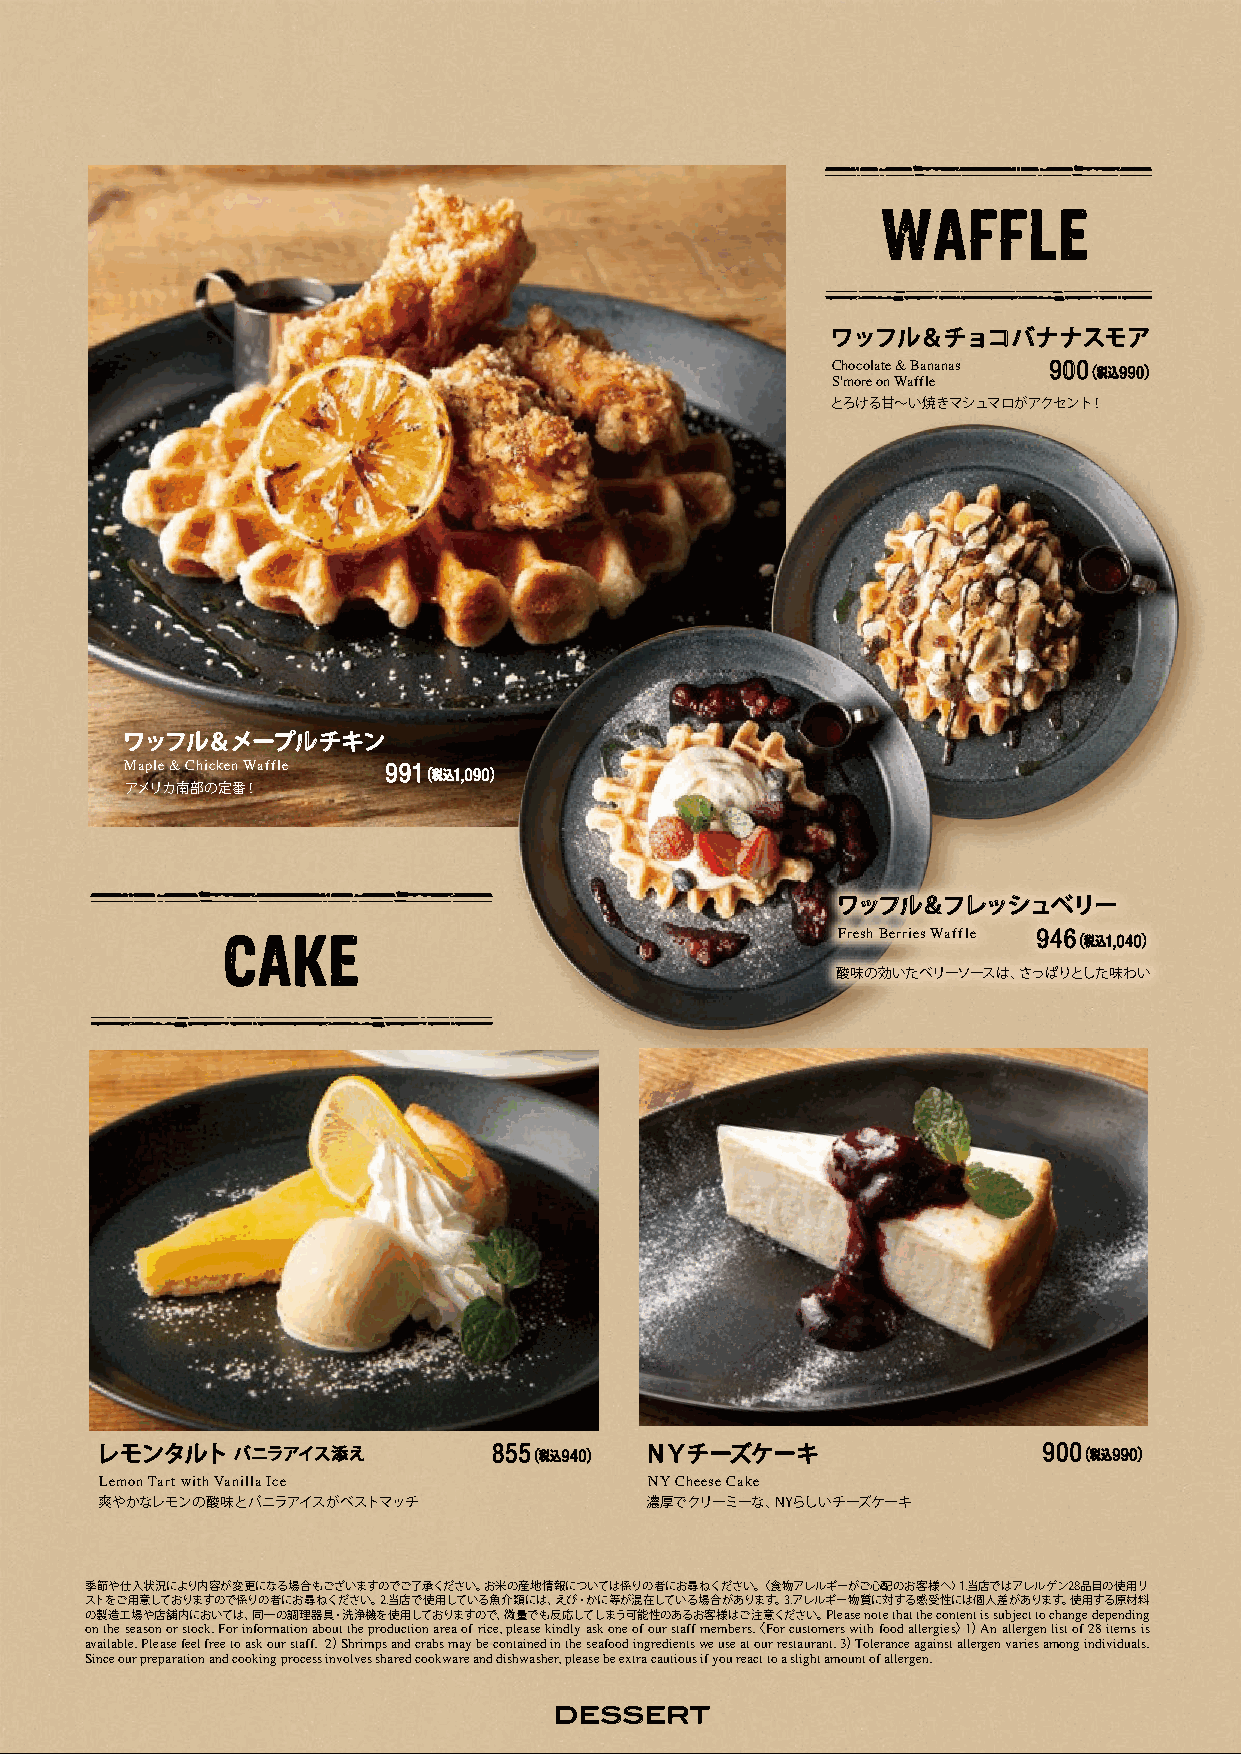
P7
 WAFFLE
 ワッフル＆チョコバナナスモア
 Chocolate & Bananas 900 （税込990）
 S'more on Waffle
 とろける甘〜い焼きマシュマロがアクセント！
 ワッフル＆メープルチキン
 Maple & Chicken Waffle 991 （税込1,090）
 アメリカ南部の定番！
 ワッフル＆フレッシュベリー
 Fresh Berries Waffle 946 （税込1,040）
 CAKE
 酸味の効いたベリーソースは、さっぱりとした味わい
 レモンタルト   バニラアイス添え          855 （税込940） ＮＹチーズケーキ                900 （税込990）
 Lemon Tart with Vanilla Ice         NY Cheese Cake
 爽やかなレモンの酸味とバニラアイスがベストマッチ             濃厚でクリーミーな、NYらしいチーズケーキ
 季節や仕入状況により内容が変更になる場合もございますのでご了承ください。お米の産地情報については係りの者にお尋ねください。〈食物アレルギーがご心配のお客様へ〉1.当店ではアレルゲン28品目の使用リ
 ストをご用意しておりますので係りの者にお尋ねください。2.当店で使用している魚介類には、えび・かに等が混在している場合があります。3.アレルギー物質に対する感受性には個人差があります。使用する原材料
 の製造工場や店舗内においては、同一の調理器具・洗浄機を使用しておりますので、微量でも反応してしまう可能性のあるお客様はご注意ください。Please note that the content is subject to change depending
 on the season or stock. For information about the production area of rice, please kindly ask one of our staff members.〈For customers with food allergies〉1）An allergen list of 28 items is
 available. Please feel free to ask our staff. 2）Shrimps and crabs may be contained in the seafood ingredients we use at our restaurant. 3）Tolerance against allergen varies among individuals.
 Since our preparation and cooking process involves shared cookware and dishwasher, please be extra cautious if you react to a slight amount of allergen.
 DESSERT